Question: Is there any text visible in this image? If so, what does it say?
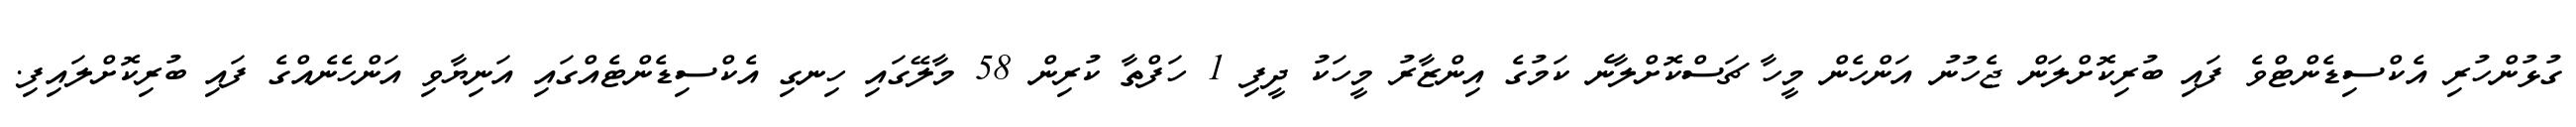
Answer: ގުޅުންހުރި އެކްސިޑެންޓްވެ ފައި ބުރިކޮށްލަން ޖެހުނު އަންހެން މީހާ ޗަސްކޮށްލާނެ ކަމުގެ އިންޒާރު މީހަކު ދީފި 1 ހަފްތާ ކުރިން 58 މާލޭގައި ހިނގި އެކްސިޑެންޓެއްގައި އަނިޔާވި އަންހެނެއްގެ ފައި ބުރިކޮށްލައިފި.